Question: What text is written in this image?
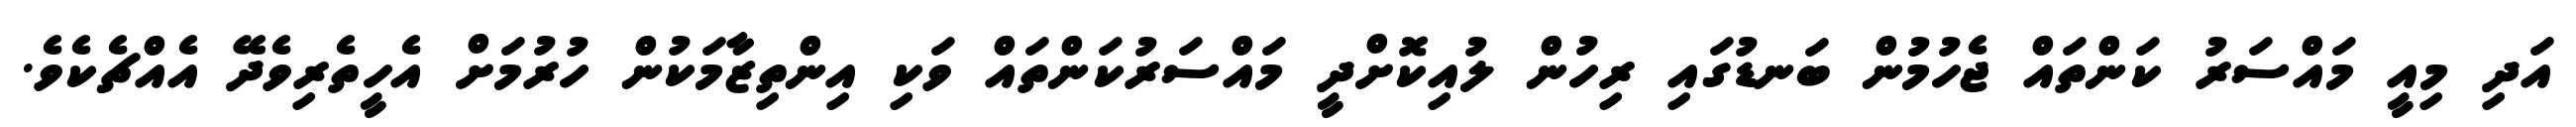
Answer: އަދި މިއީ މައްސަރު ކަންތައް ޖެހުމުން ބަނޑުގައި ރިހުން ލުއިކޮށްދީ މައްސަރުކަންތައް ވަކި އިންތިޒާމަކުން ހުރުމަށް އެހީތެރިވެދޭ އެއްޗެކެވެ.